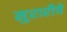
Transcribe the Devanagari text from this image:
मुरारीचे